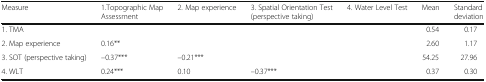
| Measure | 1.Topographic Map Assessment | 2. Map experience | 3. Spatial Orientation Test (perspective taking) | 4. Water Level Test | Mean | Standard deviation |
 | --- | --- | --- | --- | --- | --- | --- |
 | 1. TMA |  |  |  |  | 0.54 | 0.17 |
 | 2. Map experience | 0.16** |  |  |  | 2.60 | 1.17 |
 | 3. SOT (perspective taking) | –0.37*** | –0.21*** |  |  | 54.25 | 27.96 |
 | 4. WLT | 0.24*** | 0.10 | –0.37*** |  | 0.37 | 0.30 |